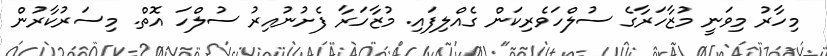
މިހާރު މިވަނީ މުޒާހަރާގެ ސުލްހަވެރިކަން ގެއްލިފައި. މުޒާހަރާ ފެށުނުއިރު ސުލްހަ އޮތް. މިސަރުކާރުން